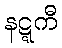
နဋ္ဋကီ